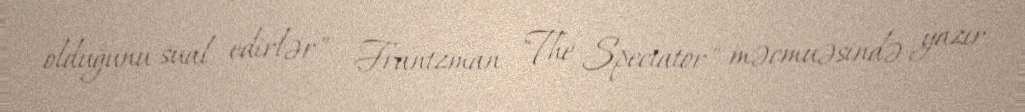
olduğunu sual edirlər" - Frantzman "The Spectator" məcmuəsində yazır.